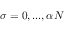
\sigma = 0 , . . . , \alpha N